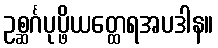
ဥစ္ဆင်္ဂပုပ္ဖိယတ္ထေရအပဒါန။